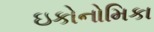
ઇકોનોમિકા